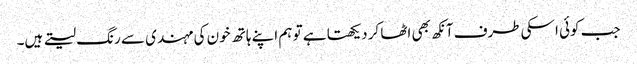
جب کوئی اسکی طرف آنکھ بھی اٹھا کر دیکھتا ہے تو ہم اپنے ہاتھ خون کی مہندی سے رنگ لیتے ہیں۔